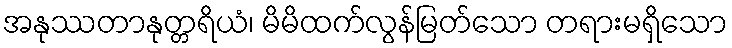
အနုဿတာနုတ္တရိယံ၊ မိမိထက်လွန်မြတ်သော တရားမရှိသော